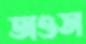
অওস